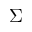
\Sigma